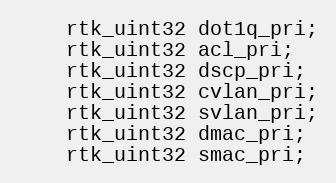
Language: C
    rtk_uint32 dot1q_pri;
    rtk_uint32 acl_pri;
    rtk_uint32 dscp_pri;
    rtk_uint32 cvlan_pri;
    rtk_uint32 svlan_pri;
    rtk_uint32 dmac_pri;
    rtk_uint32 smac_pri;